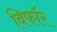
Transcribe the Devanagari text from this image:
बिफाॅर